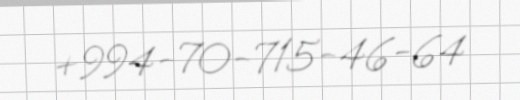
+994-70-715-46-64